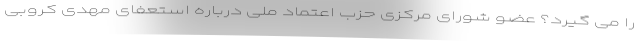
را می گیرد؟ عضو شورای مرکزی حزب اعتماد ملی درباره استعفای مهدی کروبی